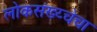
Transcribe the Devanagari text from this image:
लोकसंख्य्चेचा